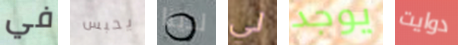
في يحبس لدينا لي يوجد دوايت